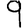
Digit: 9